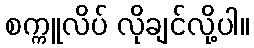
စက္ကူလိပ် လိုချင်လို့ပါ။